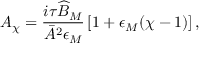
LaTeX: A _ { \chi } = \frac { i \tau \widehat { B } _ { M } } { \bar { A } ^ { 2 } \epsilon _ { M } } \left[ 1 + \epsilon _ { M } ( \chi - 1 ) \right] ,